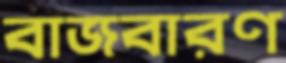
বাজবারণ